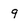
Character: 9